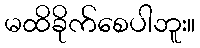
မထိခိုက်စေပါဘူး။